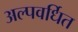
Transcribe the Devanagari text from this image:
अल्पवर्धित